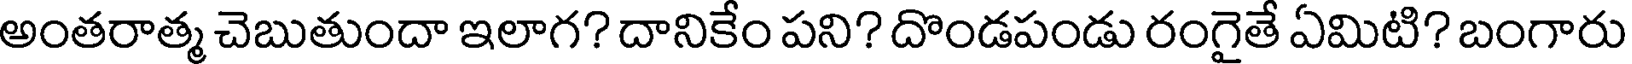
అంతరాత్మ చెబుతుందా ఇలాగ? దానికేం పని? దొండపండు రంగైతే ఏమిటి? బంగారు